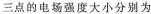
三点的电场强度大小分别为